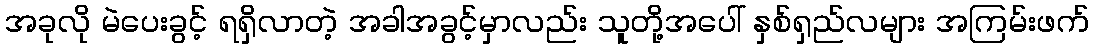
အခုလို မဲပေးခွင့် ရရှိလာတဲ့ အခါအခွင့်မှာလည်း သူတို့အပေါ် နှစ်ရှည်လများ အကြမ်းဖက်